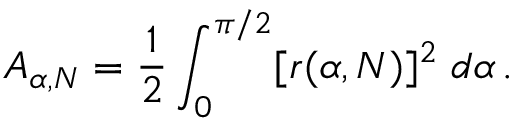
A _ { \alpha , N } = \frac { 1 } { 2 } \int _ { 0 } ^ { \pi / 2 } [ r ( \alpha , N ) ] ^ { 2 } \; d \alpha \, .